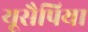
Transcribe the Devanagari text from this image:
यूसैपिया